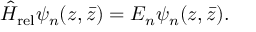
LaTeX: \hat { H } _ { \mathrm { r e l } } \psi _ { n } ( z , \bar { z } ) = E _ { n } \psi _ { n } ( z , \bar { z } ) .